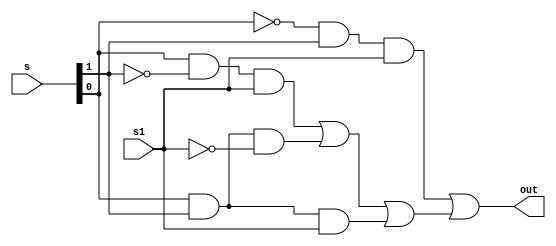
// MUX 8X1 to select 1st bit in kgp[0]
module MUX_8X1_1_BIT (s, s1, out);
    input[1:0] s;
    input s1;
    output out;

    wire[7:0] c;
    wire tmp, tmp2;
    wire [1:0] neg_s;
    wire neg_s1;
    
    not(neg_s[0], s[0]);
    not(neg_s[1], s[1]);
    not(neg_s1, s1);

    and(c[0], 0, neg_s[0], neg_s[1], neg_s1);
    and(c[1], 0, neg_s[0], neg_s[1], s1);
    and(c[2], 0, neg_s[0], s[1], neg_s1);
    and(c[3], 1, neg_s[0], s[1], s1);
    and(c[4], 0, s[0], neg_s[1], neg_s1);
    and(c[5], 1, s[0], neg_s[1], s1);
    and(c[6], 1, s[0], s[1], neg_s1);
    and(c[7], 1, s[0], s[1], s1);

    or(tmp, c[0], c[1], c[2], c[3]);
    or(tmp2, c[4], c[5], c[6], c[7]);
    or(out, tmp, tmp2);
endmodule

// MUX 8X1 to select 0th bit in kgp[0]
module MUX_8X1_0_BIT (s, s1, out);
    input[1:0] s;
    input s1;
    output out;

    wire[7:0] c;
    wire tmp, tmp2;
    wire [1:0] neg_s;
    wire neg_s1;
    
    not(neg_s[0], s[0]);
    not(neg_s[1], s[1]);
    not(neg_s1, s1);

    and(c[0], 0, neg_s[0], neg_s[1], neg_s1);
    and(c[1], 0, neg_s[0], neg_s[1], s1);
    and(c[2], 0, neg_s[0], s[1], neg_s1);
    and(c[3], 0, neg_s[0], s[1], s1);
    and(c[4], 0, s[0], neg_s[1], neg_s1);
    and(c[5], 0, s[0], neg_s[1], s1);
    and(c[6], 0, s[0], s[1], neg_s1);
    and(c[7], 0, s[0], s[1], s1);

    or(tmp, c[0], c[1], c[2], c[3]);
    or(tmp2, c[4], c[5], c[6], c[7]);
    or(out, tmp, tmp2);
endmodule

// MUX 4X1 to select 0th bit in kgp[1:63]
module MUX_4X1_0_BIT (s, out);
    input[1:0] s;
    output out;

    wire[3:0] c;
    wire[1:0] neg_s;

    not(neg_s[1], s[1]);
    not(neg_s[0], s[0]);

    and(c[0], 0, neg_s[0], neg_s[1]);
    and(c[1], 1, neg_s[1], s[0]);
    and(c[2], 1, s[1], neg_s[0]);
    and(c[3], 0, s[1], s[0]);

    or(out, c[0], c[1], c[2], c[3]);
endmodule


// MUX 4X1 to select 1st bit in kgp[1:63]
module MUX_4X1_1_BIT (s, out);
    input[1:0] s;
    output out;

    wire[3:0] c;
    wire[1:0] neg_s;

    not(neg_s[1], s[1]);
    not(neg_s[0], s[0]);

    and(c[0], 0, neg_s[0], neg_s[1]);
    and(c[1], 0, neg_s[1], s[0]);
    and(c[2], 0, s[1], neg_s[0]);
    and(c[3], 1, s[1], s[0]);

    or(out, c[0], c[1], c[2], c[3]);
endmodule

module MUX_4X1_KGP (bit2, kgp);
    input[1:0] bit2;
    output[1:0] kgp;

    MUX_4X1_0_BIT mux00(bit2, kgp[0]);
    MUX_4X1_1_BIT mux01(bit2, kgp[1]);
endmodule